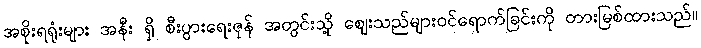
အစိုးရရုံးများ အနီး ရှိ စီးပွားရေးဇုန် အတွင်းသို့ ဈေးသည်များဝင်ရောက်ခြင်းကို တားမြစ်ထားသည်။